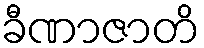
ခီဏာဇာတိ